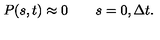
P ( s , t ) \approx 0 \qquad s = 0 , { \Delta t } .